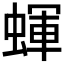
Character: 𧎊